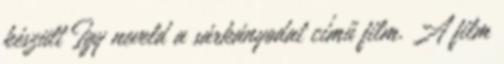
készült Így neveld a sárkányodat című film. A film